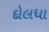
દોલધા